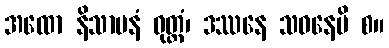
အထော နိသာမနံ ဝုတ္တံ၊ ဒဿနေ သဝနေပိ စ။